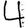
Digit: 4